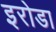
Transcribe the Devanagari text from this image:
इरोडा